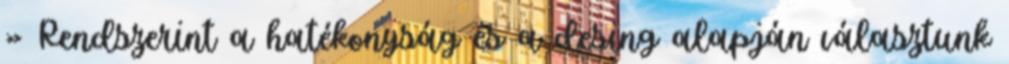
» Rendszerint a hatékonyság és a desing alapján választunk